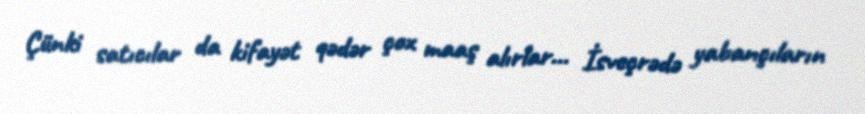
Çünki satıcılar da kifayət qədər çox maaş alırlar... İsveçrədə yabançıların